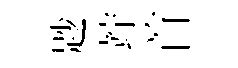
尟竚首